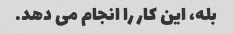
بله، این کار را انجام می دهد.